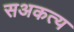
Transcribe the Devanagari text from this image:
सअकत्य